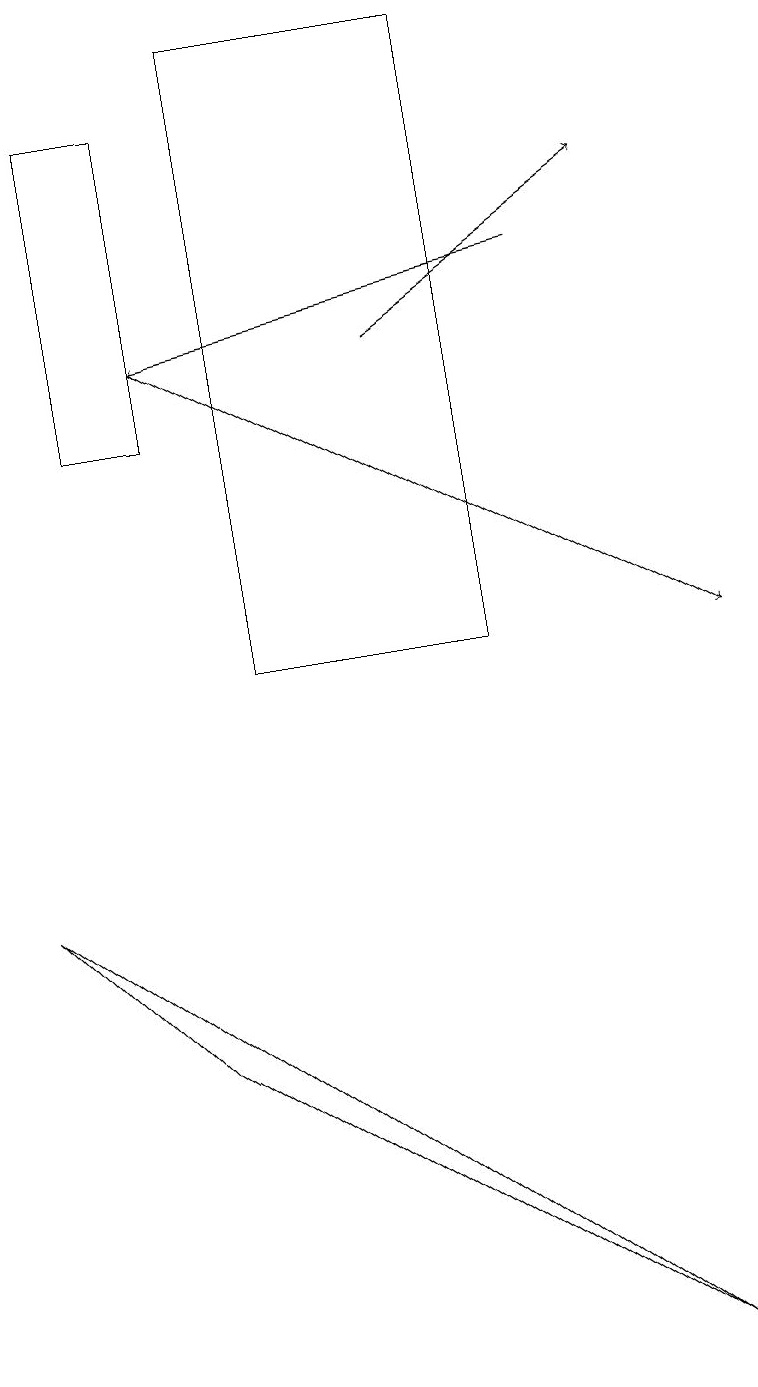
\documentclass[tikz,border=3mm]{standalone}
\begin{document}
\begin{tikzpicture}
\draw (0,7) -- (2,5) -- (8,1) -- cycle;
\draw (3,18) rectangle (6,10);
\draw[->] (2,14) -- (9,10);
\draw[->] (5,14) -- (8,16);
\draw[->] (7,15) -- (2,14);
\draw (2,13) rectangle (1,17);
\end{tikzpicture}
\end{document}